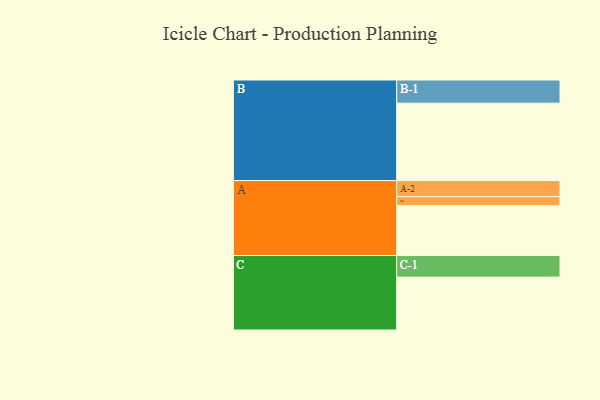
{"axis": {"x": "Segment", "y": "Value"}, "legend": ["", "A", "B", "C"], "data": [{"x": "A", "y": 375, "type": ""}, {"x": "B", "y": 581, "type": ""}, {"x": "C", "y": 397, "type": ""}, {"x": "A-1", "y": 67, "type": "A"}, {"x": "A-2", "y": 121, "type": "A"}, {"x": "B-1", "y": 174, "type": "B"}, {"x": "C-1", "y": 162, "type": "C"}]}